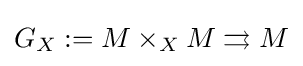
G_{X}:=M\times _{X}M\rightrightarrows M